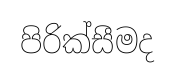
පිරික්සීමද